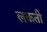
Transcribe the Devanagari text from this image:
लकती